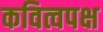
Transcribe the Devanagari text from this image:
कवित्वपक्ष